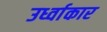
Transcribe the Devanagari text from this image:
उर्ध्वाकार